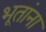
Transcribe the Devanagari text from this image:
भूतांना